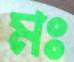
মঃ